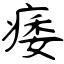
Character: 痿